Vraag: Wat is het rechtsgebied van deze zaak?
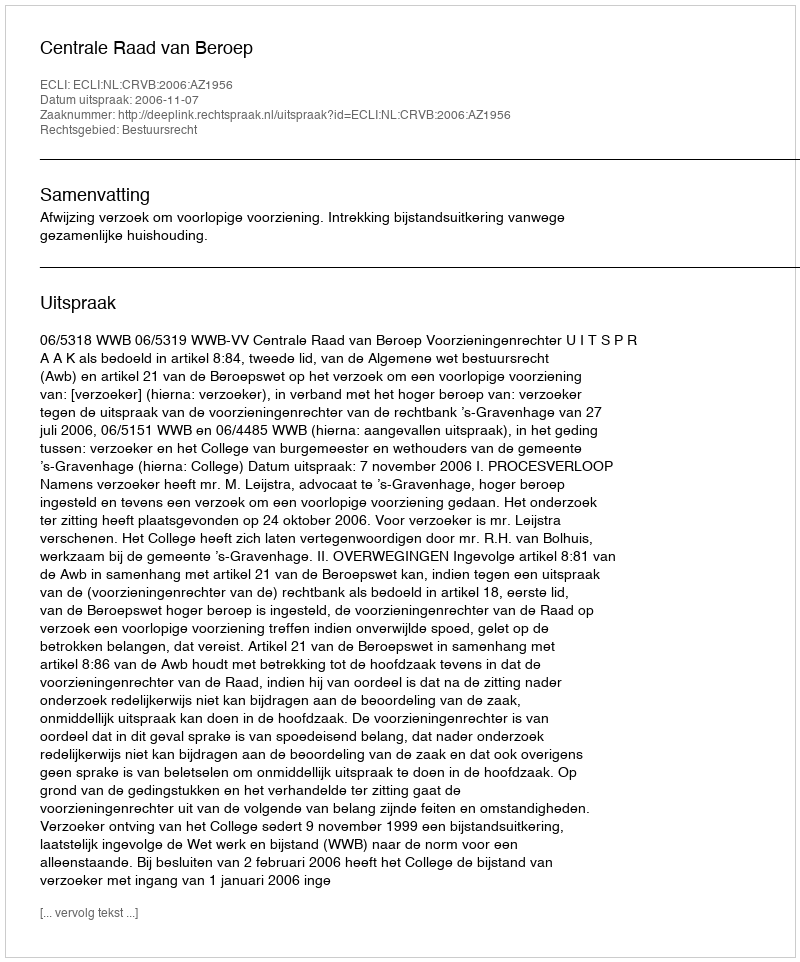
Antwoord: Bestuursrecht